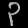
Digit: ၃